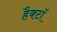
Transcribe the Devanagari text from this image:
हैक्टॉ